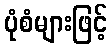
ပုံစံများဖြင့်